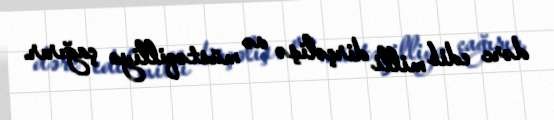
dərc edib milli dirçəlişə və müstəqilliyə çağırır.